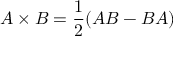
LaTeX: A \times B = { \frac { 1 } { 2 } } ( A B - B A )